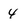
Character: 4